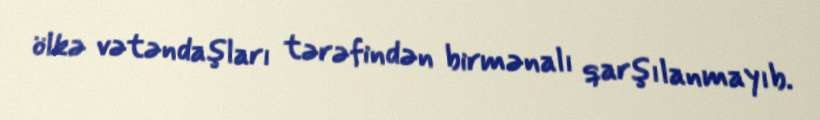
ölkə vətəndaşları tərəfindən birmənalı qarşılanmayıb.